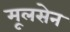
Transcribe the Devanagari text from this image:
मूलसेन